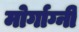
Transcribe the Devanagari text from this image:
मोर्गाग्नी